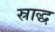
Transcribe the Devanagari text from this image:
स्राद्ध